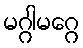
မဂ္ဂါမဂ္ဂေ